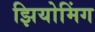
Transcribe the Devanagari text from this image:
झियोमिंग